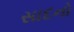
સાદનો